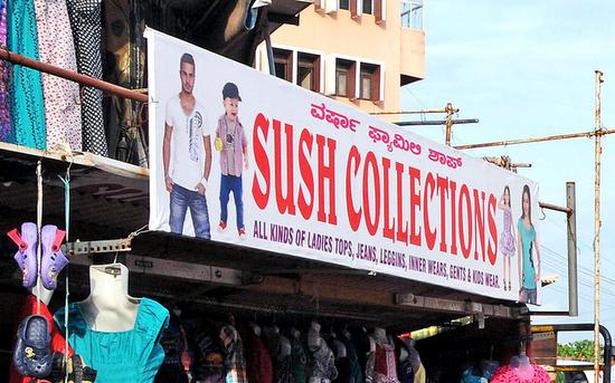
Language: kannada
Transcription: ಶಾಪ್ ವರ್ಷಾ ಫ್ಯಾಮಿಲಿ